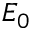
E _ { 0 }